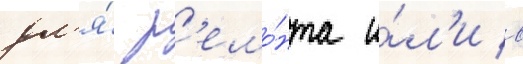
дл'я́ р'емо́нта и́л'и в